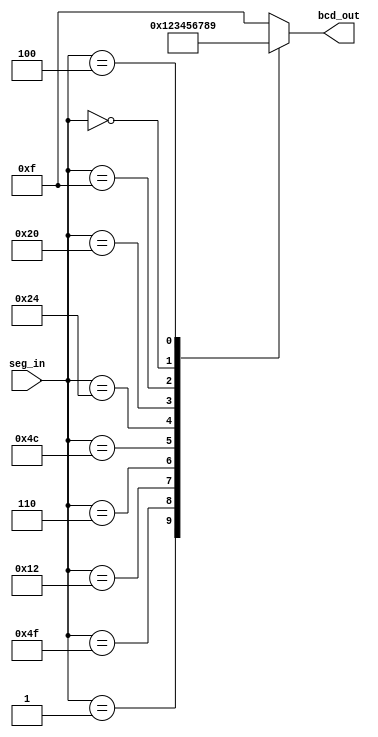
module seven_segment_to_bcd (
    input [6:0] seg_in,
    output reg [3:0] bcd_out
);

always @(*) begin
    case (seg_in)
        7'b0000001: bcd_out = 4'b0000; // 0
        7'b1001111: bcd_out = 4'b0001; // 1
        7'b0010010: bcd_out = 4'b0010; // 2
        7'b0000110: bcd_out = 4'b0011; // 3
        7'b1001100: bcd_out = 4'b0100; // 4
        7'b0100100: bcd_out = 4'b0101; // 5
        7'b0100000: bcd_out = 4'b0110; // 6
        7'b0001111: bcd_out = 4'b0111; // 7
        7'b0000000: bcd_out = 4'b1000; // 8
        7'b0000100: bcd_out = 4'b1001; // 9
        default: bcd_out = 4'b1111; 
    endcase
end

endmodule